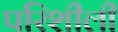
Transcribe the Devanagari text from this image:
परिशीली